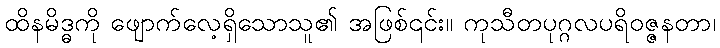
ထိနမိဒ္ဓကို ဖျောက်လေ့ရှိသောသူ၏ အဖြစ်၎င်း။ ကုသီတပုဂ္ဂလပရိဝဇ္ဇနတာ၊